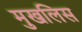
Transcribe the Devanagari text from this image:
मुखलिस